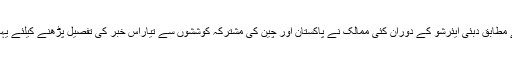
میڈیا رپورٹس کے مطابق دبئی ایئرشو کے دوران کئی ممالک نے پاکستان اور چین کی مشترکہ کوششوں سے تیاراس خبر کی تفصیل پڑھنے کیلئے یہاں پر کلک کیجئے